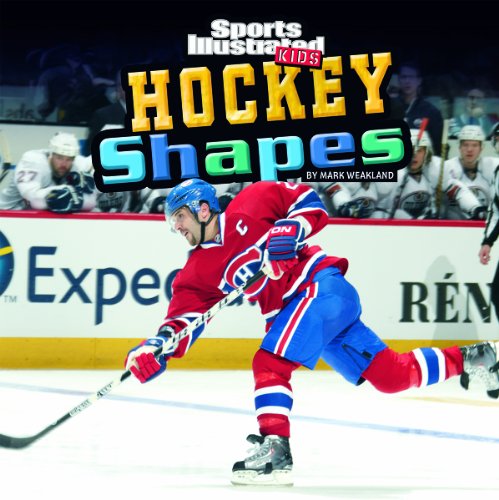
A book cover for Hockey Shapes (SI Kids Rookie Books); Mark Weakland; Children's Books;